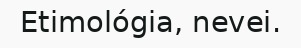
Etimológia, nevei.